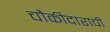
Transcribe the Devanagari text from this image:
चौकीदाराची